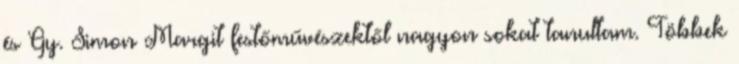
és Gy. Simon Margit festőművészektől nagyon sokat tanultam. Többek